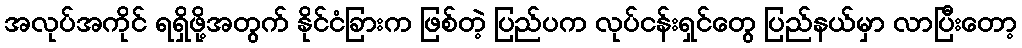
အလုပ်အကိုင် ရရှိဖို့အတွက် နိုင်ငံခြားက ဖြစ်တဲ့ ပြည်ပက လုပ်ငန်းရှင်တွေ ပြည်နယ်မှာ လာပြီးတော့